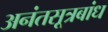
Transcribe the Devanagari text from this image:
अनंतसूत्रबांध